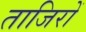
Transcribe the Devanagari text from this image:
ताजिरों